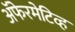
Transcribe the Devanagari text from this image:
ॲफेरमेटिव्ह